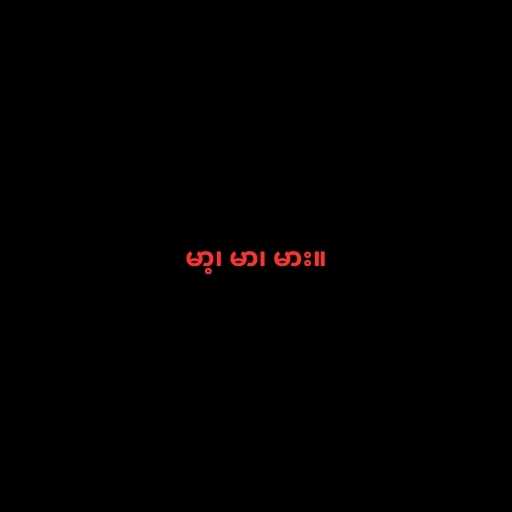
မာ့၊ မာ၊ မား။